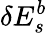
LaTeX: \delta E_{s}^{b}